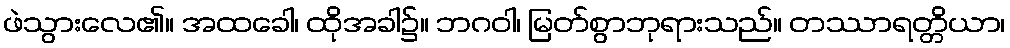
ဖဲသွားလေ၏။ အထခေါ၊ ထိုအခါ၌။ ဘဂဝါ၊ မြတ်စွာဘုရားသည်။ တဿာရတ္တိယာ၊